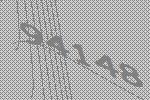
94148